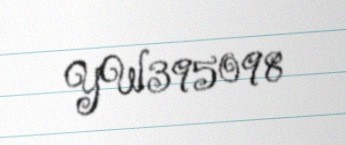
YW395098